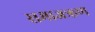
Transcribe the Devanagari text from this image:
समाजऋण